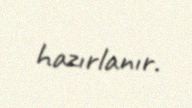
hazırlanır.